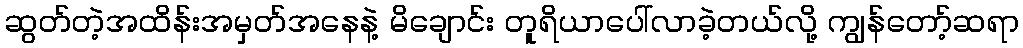
ဆွတ်တဲ့အထိန်းအမှတ်အနေနဲ့ မိချောင်း တူရိယာပေါ်လာခဲ့တယ်လို့ ကျွန်တော့်ဆရာ